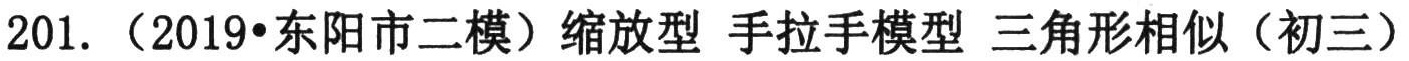
201. （2019•东阳市二模）缩放型 手拉手模型 三角形相似（初三）